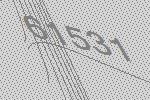
61531